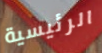
الرئيسية